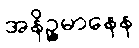
အနိဉ္ဇမာနေန